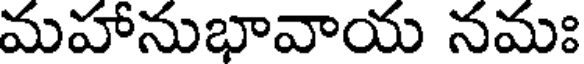
మహానుభావాయ నమః